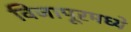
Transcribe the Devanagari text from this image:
विजापूरमध्ये